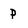
Character: P